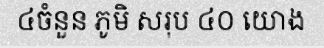
៤ចំនួន ភូមិ សរុប ៤០ យោង